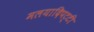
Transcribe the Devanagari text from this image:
मलयादिपट्टी